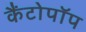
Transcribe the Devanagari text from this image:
कैंटोपॉप